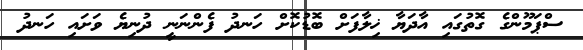
ސްޕަމޫންގެ ގޮތުގައި އާދަޔާ ޚިލާފަށް ބޮޑުކޮށް ހަނދު ފެންނަނީ ދުނިޔެ ވަށައި ހަނދު